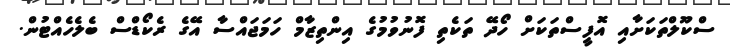
ސްކޫލްތަކަށާއި އޮފީސްތަކަށް ހޯދޭ ތަކެތި ފޮނުވުމުގެ އިންތިޒާމް ހަމަޖައްސާ އޭގެ ރެކޯޑްސް ބެލެހެއްޓުން.